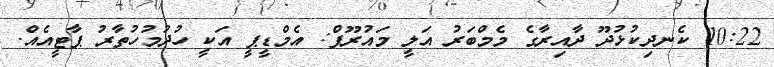
10:22 ކެނދިކުޅުދޫ ދާއިރާގެ މެމްބަރު އަލީ މައުރޫފް: އެމްޑީޕީ އަކީ ހުދުމުހުތާރު ޕާޓީއެއް.